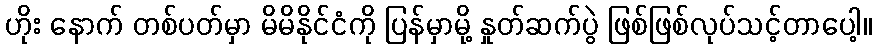
ဟိုး နောက် တစ်ပတ်မှာ မိမိနိုင်ငံကို ပြန်မှာမို့ နှုတ်ဆက်ပွဲ ဖြစ်ဖြစ်လုပ်သင့်တာပေါ့။